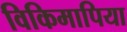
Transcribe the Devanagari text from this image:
विकिमापिया